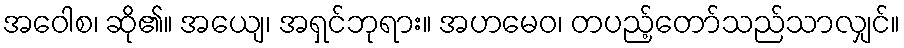
အဝေါစ၊ ဆို၏။ အယျေ၊ အရှင်ဘုရား။ အဟမေဝ၊ တပည့်တော်သည်သာလျှင်။